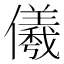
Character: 𭀋